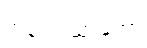
အနည်းဆုံးတော့